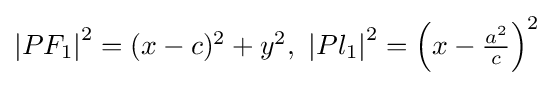
{\textstyle \left|PF_{1}\right|^{2}=(x-c)^{2}+y^{2},\ \left|Pl_{1}\right|^{2}=\left(x-{\tfrac {a^{2}}{c}}\right)^{2}}